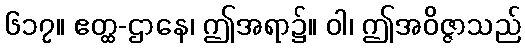
၆၁၇။ ဧတ္ထ-ဌာနေ၊ ဤအရာ၌။ ဝါ၊ ဤအဝိဇ္ဇာသည်